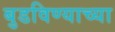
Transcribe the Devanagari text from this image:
बुडविण्याच्या